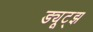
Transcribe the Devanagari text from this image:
ड्यूट्झ